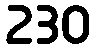
230